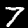
Digit: 7